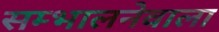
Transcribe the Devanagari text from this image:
सम्भालनेवाला